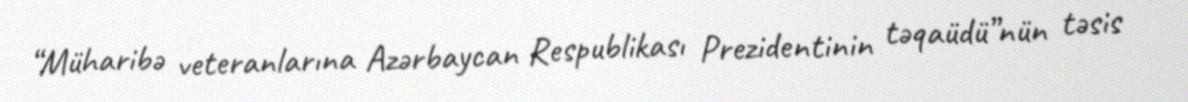
“Müharibə veteranlarına Azərbaycan Respublikası Prezidentinin təqaüdü”nün təsis